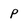
Character: p